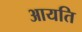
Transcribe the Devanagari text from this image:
आयति